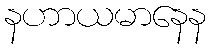
နဟာယမာနေန